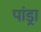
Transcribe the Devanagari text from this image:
पांड्रा